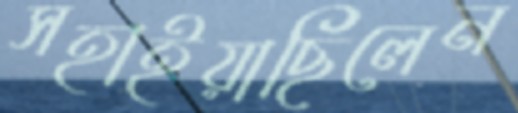
সহাইয়াছিলেন